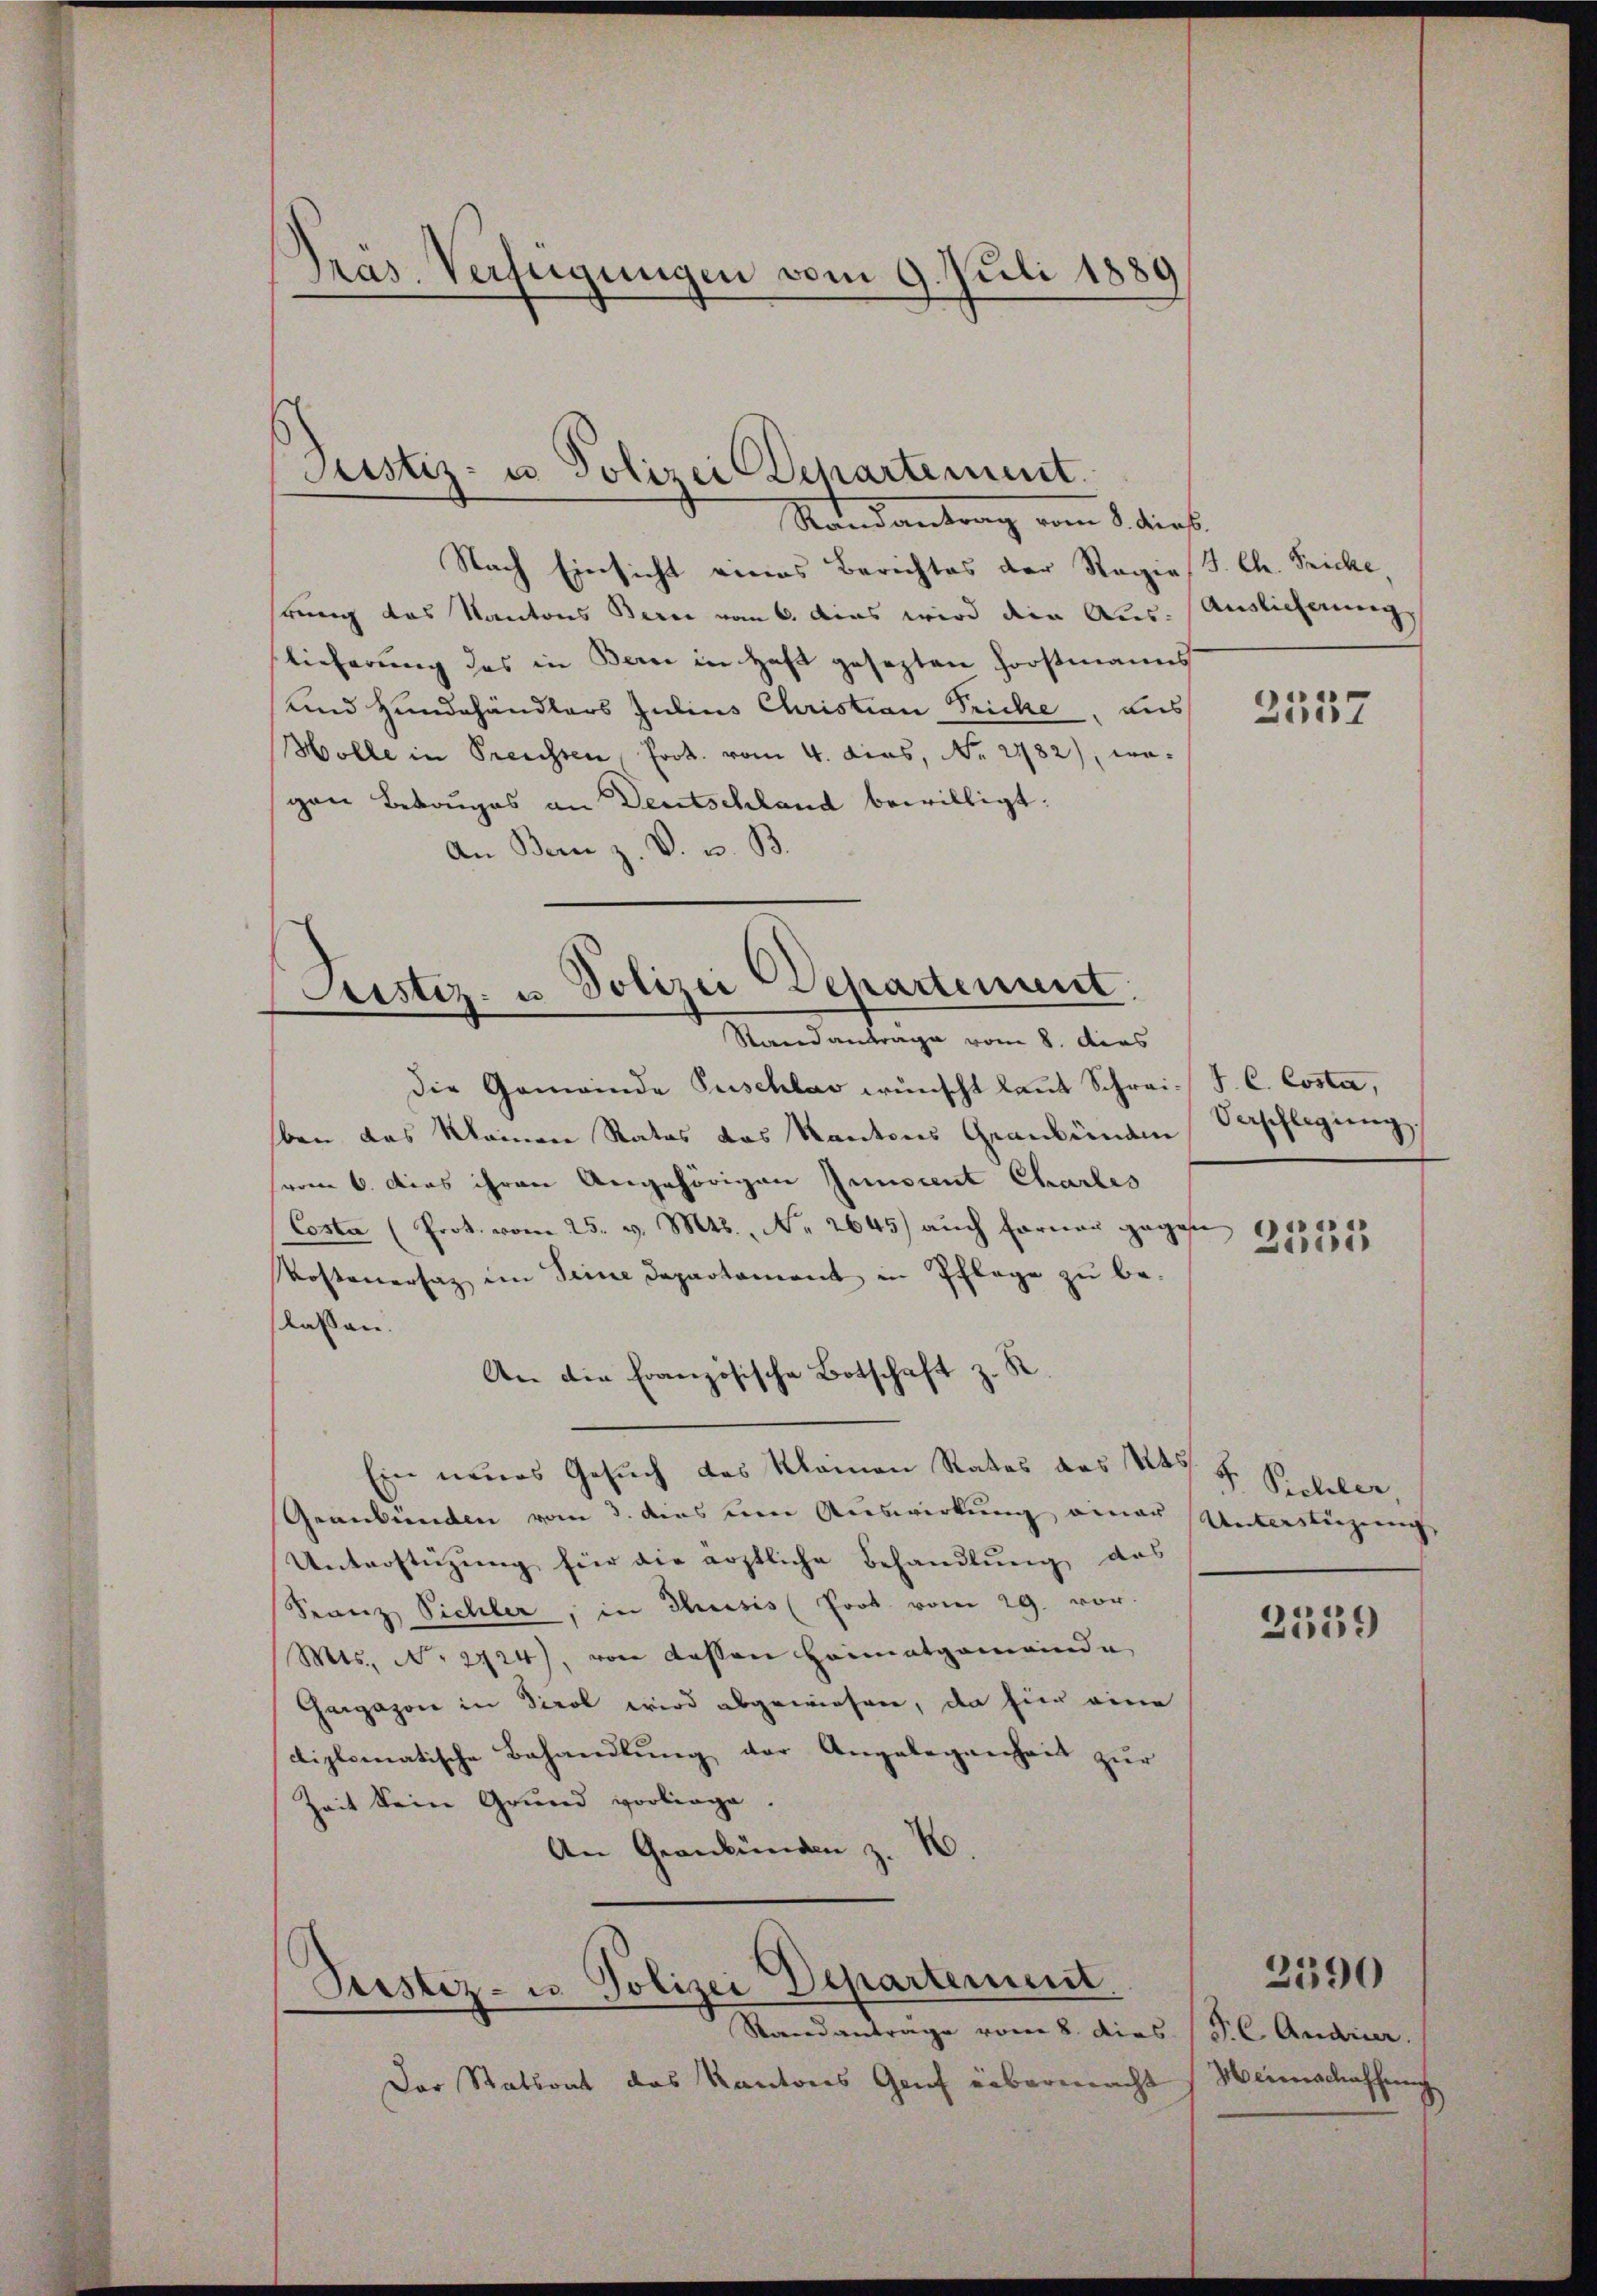
Präs. Verfügungen vom 9. Juli 1889

Justiz- u. Polizei-Departement.
Randantrag vom 8. dies

Nach Einsicht eines Berichtes der Regierung des Kantons Bern vom 6. das wird der Aus-Auslieferung
lieferung des in Bern in Haft gesezten Horstmanns
und Hundehändlers Julius Christian Fricke, aus
Holle in Preissen, Prot. vom 4. dies, No. 2782), wogen Betruges an Deutschland bewilligt:
An Bern z. V. u. B.

Justiz- u. Polizei Departement
Standanträge vom 8. dies

die Gemeinde Puschlav wünscht laut Schrei- J. C. Costa,
ben das Meinen Rates das Kantons Graubünden
(vom 6. dies ihren Angehörigen Junocent Charles
Costa (Prot. vom 25. v. Mts., Nr. 2645) auch Ferner gegen
Kostenersaz im Seine Departament in Pflege zu be-
lassen.
An die Französische Botschaft z. St
Ein neues Gesuch des Kleinen Rates das 1245 f. Pichler
Geanbünden vom 3. dies um Auswirkung einer Unterstüzung,
Unterstüzung für die ärztliche Behandlung das
Sranz Pichler, in Thusis Prot. vom 29. vor.
Mts., N. 2724), von dessen Heimatgemeinde
Gargazon in Tirol wird abgewiesen, da für eine
diplomatische Behandlung der Angelegenheit zur
Zeit sein Grund vorliege.
An Graubünden z. B.

Pustiz- u Polizei Departement.
Standanträge vom 8. dies P. C. Andrier.

Der Statsant das Kantons Genf übermacht

8. Ch. Fricke.

2557

Verschlegŭng

2535

2359

Heimschaffung

2390